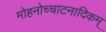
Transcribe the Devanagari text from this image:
मोहनोच्चाटनादिकम्